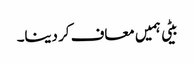
بیٹی ہمیں معاف کر دینا۔